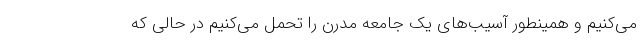
می‌کنیم و همینطور آسیب‌های یک جامعه مدرن را تحمل می‌کنیم در حالی که